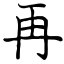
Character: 再